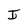
Character: I